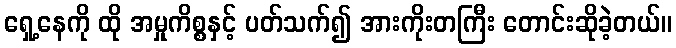
ရှေ့နေကို ထို အမှုကိစ္စနှင့် ပတ်သက်၍ အားကိုးတကြီး တောင်းဆိုခဲ့တယ်။